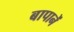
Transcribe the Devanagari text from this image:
बापानें